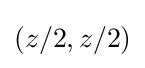
(z/2,z/2)